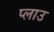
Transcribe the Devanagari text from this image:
प्लाउ